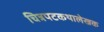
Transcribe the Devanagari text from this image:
चित्रपटकथालेखक